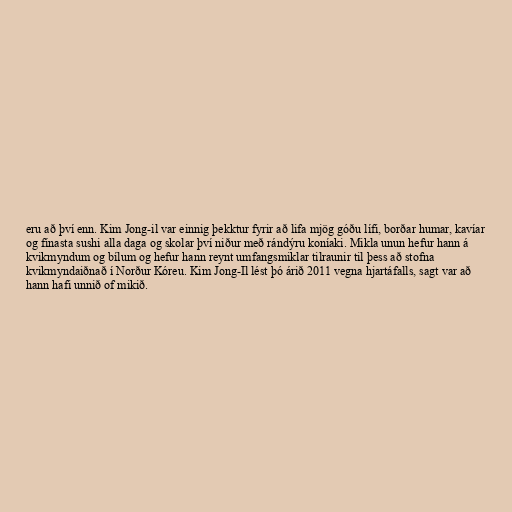
eru að því enn. Kim Jong-il var einnig þekktur fyrir að lifa mjög góðu lífi, borðar humar, kavíar
og fínasta sushi alla daga og skolar því niður með rándýru koníaki. Mikla unun hefur hann á
kvikmyndum og bílum og hefur hann reynt umfangsmiklar tilraunir til þess að stofna
kvikmyndaiðnað í Norður Kóreu. Kim Jong-Il lést þó árið 2011 vegna hjartáfalls, sagt var að
hann hafi unnið of mikið.